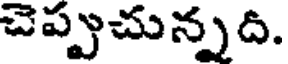
చెప్పుచున్నది.